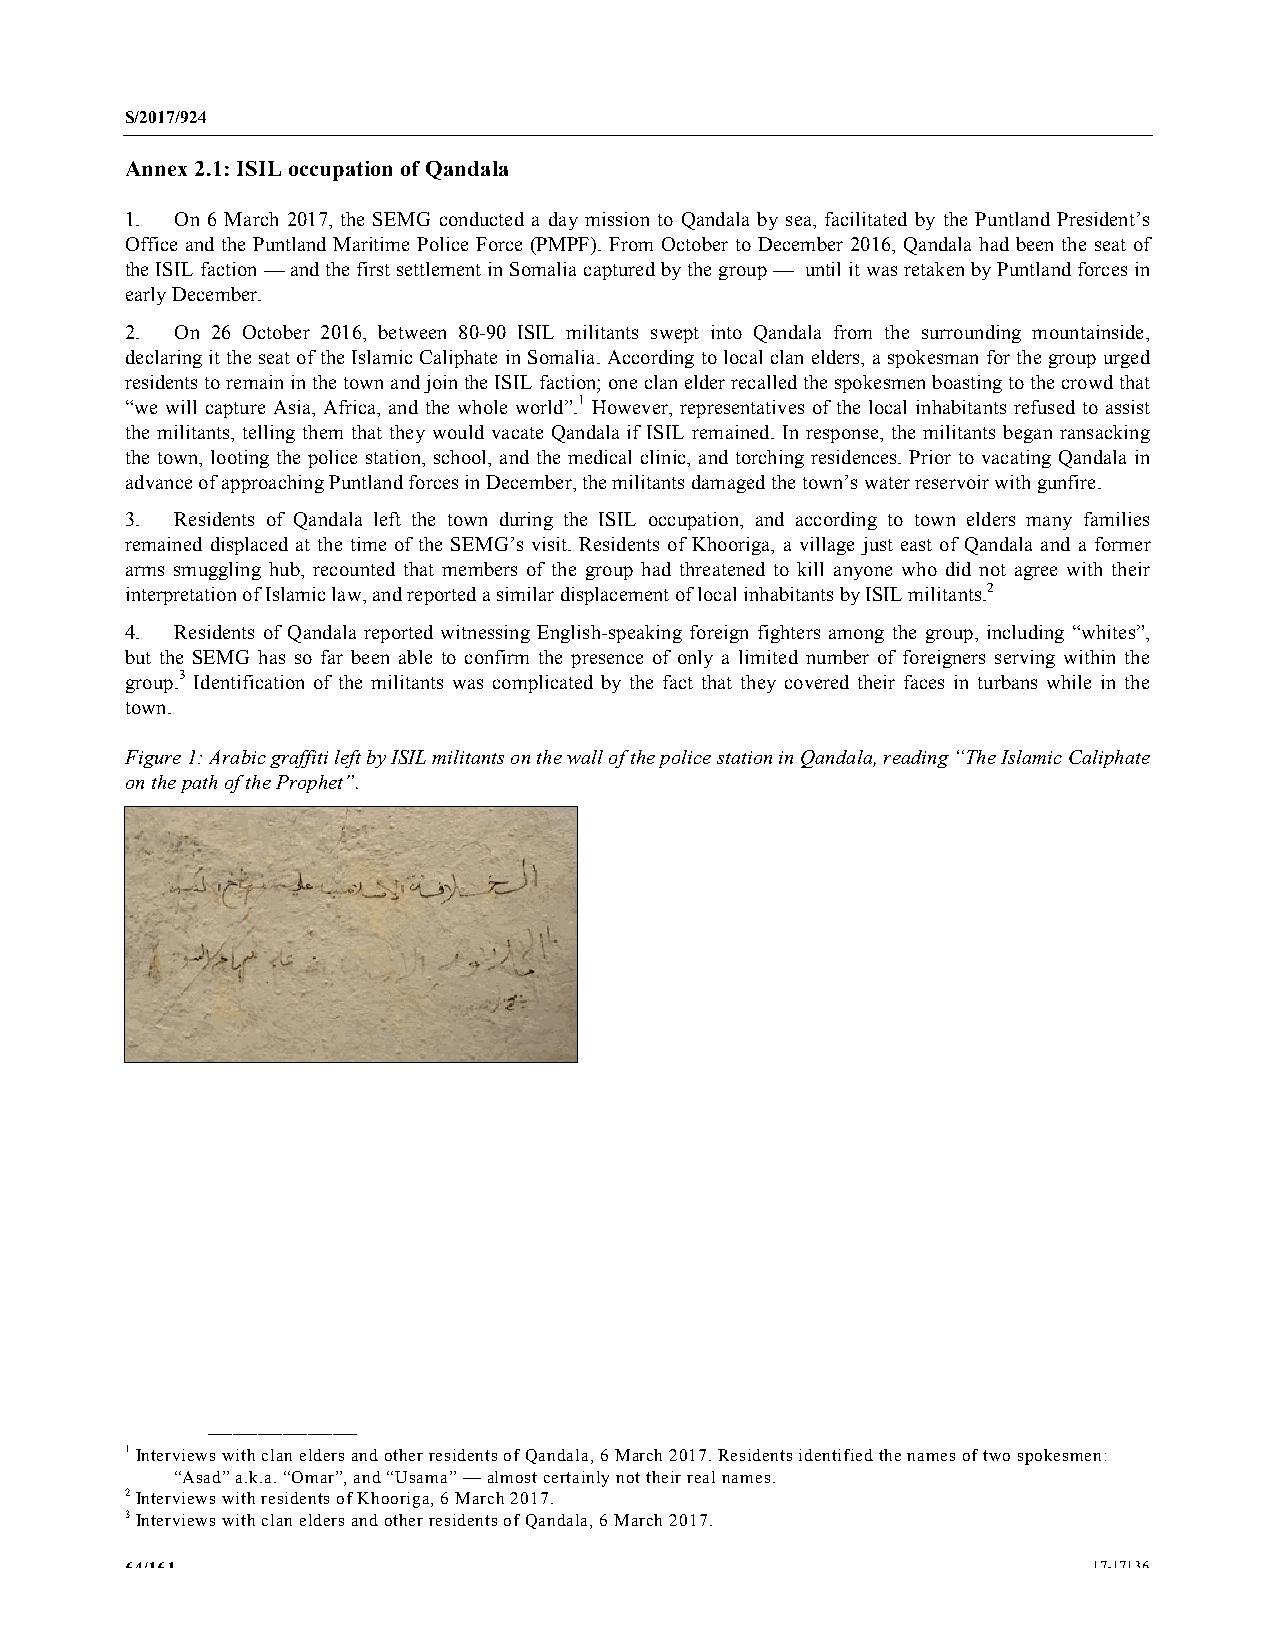
S/2017/924
 Annex 2.1: ISIL occupation of Qandala
 1.  On 6 March 2017, the SEMG conducted a day mission to Qandala by sea, facilitated by the Puntland President’s
 Office and the Puntland Maritime Police Force (PMPF). From October to December 2016, Qandala had been the seat of
 the ISIL faction — and the first settlement in Somalia captured by the group — until it was retaken by Puntland forces in
 early December.
 2.  On 26 October 2016, between 80-90 ISIL militants swept into Qandala from the surrounding mountainside,
 declaring it the seat of the Islamic Caliphate in Somalia. According to local clan elders, a spokesman for the group urged
 residents to remain in the town and join the ISIL faction; one clan elder recalled the spokesmen boasting to the crowd that
 “we will capture Asia, Africa, and the whole world”.1 However, representatives of the local inhabitants refused to assist
 the militants, telling them that they would vacate Qandala if ISIL remained. In response, the militants began ransacking
 the town, looting the police station, school, and the medical clinic, and torching residences. Prior to vacating Qandala in
 advance of approaching Puntland forces in December, the militants damaged the town’s water reservoir with gunfire.
 3.  Residents of Qandala left the town during the ISIL occupation, and according to town elders many families
 remained displaced at the time of the SEMG’s visit. Residents of Khooriga, a village just east of Qandala and a former
 arms smuggling hub, recounted that members of the group had threatened to kill anyone who did not agree with their
 interpretation of Islamic law, and reported a similar displacement of local inhabitants by ISIL militants.2
 4.  Residents of Qandala reported witnessing English-speaking foreign fighters among the group, including “whites”,
 but the SEMG has so far been able to confirm the presence of only a limited number of foreigners serving within the
 group.3 Identification of the militants was complicated by the fact that they covered their faces in turbans while in the
 town.
 Figure 1: Arabic graffiti left by ISIL militants on the wall of the police station in Qandala, reading “The Islamic Caliphate
 on the path of the Prophet”.
 __________________
 1 Interviews with clan elders and other residents of Qandala, 6 March 2017. Residents identified the names of two spokesmen:
 “Asad” a.k.a. “Omar”, and “Usama” — almost certainly not their real names.
 2 Interviews with residents of Khooriga, 6 March 2017.
 3 Interviews with clan elders and other residents of Qandala, 6 March 2017.
 64/161                                                          17-17136